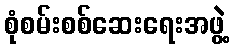
စုံစမ်းစစ်ဆေးရေးအဖွဲ့